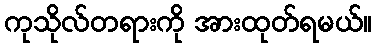
ကုသိုလ်တရားကို အားထုတ်ရမယ်။